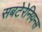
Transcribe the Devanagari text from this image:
सबटेरेनियन्स